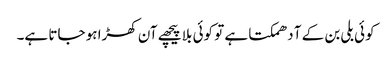
کوئی بلی بن کے آ دھمکتا ہے تو کوئی بلا پیچھے آن کھڑا ہو جاتا ہے۔